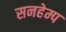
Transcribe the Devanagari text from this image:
सनहेम्प